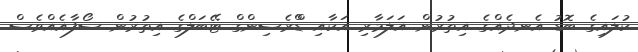
ކުލައިގެ ބޮޑު އެނދެއްގެ އިތުރުން އަލަމާރި އަކާއި ޑްްރެސިންގް ޓޭބަލްގެ އިތުރުން ސޯފާއެއްވެސް